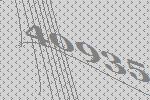
40935